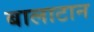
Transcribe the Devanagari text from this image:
बालाटान